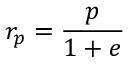
r _ { p } = { \frac { p } { 1 + e } }